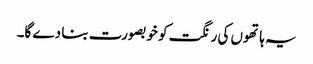
یہ ہاتھوں کی رنگت کو خوبصورت بنا دے گا۔